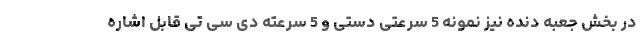
در بخش جعبه دنده نیز نمونه 5 سرعتی دستی و 5 سرعته دی سی تی قابل اشاره